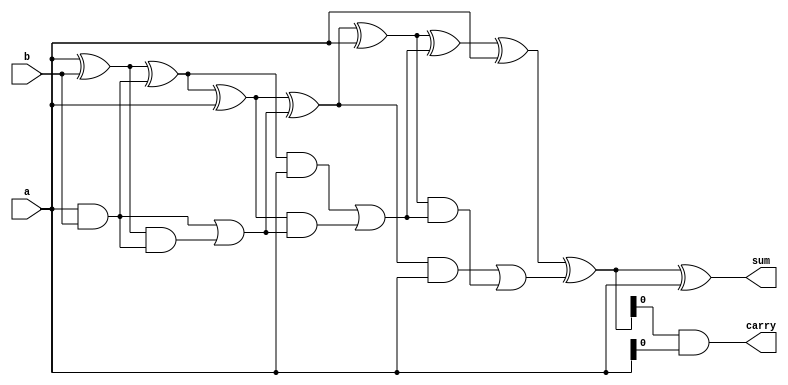
module brent_kung_adder (
    input wire [31:0] a,
    input wire [31:0] b,
    output wire [31:0] sum,
    output wire carry
);

reg [31:0] p [4:0];
reg [31:0] g [4:0];
reg [31:0] c [5:0];
reg [31:0] s [4:0];

assign p[0] = a ^ b;
assign g[0] = a & b;

assign c[0] = a & b;

assign s[0] = p[0] ^ c[0];
assign c[1] = g[0] | (p[0] & c[0]);


assign p[1] = s[0] ^ a;
assign g[1] = s[0] & a;


assign s[1] = p[1] ^ c[1];
assign c[2] = g[1] | (p[1] & c[1]);


assign p[2] = s[1] ^ a;
assign g[2] = s[1] & a;

assign s[2] = p[2] ^ c[2];
assign c[3] = g[2] | (p[2] & c[2]);


assign p[3] = s[2] ^ a;
assign g[3] = s[2] & a;

assign s[3] = p[3] ^ c[3];
assign c[4] = g[3] | (p[3] & c[3]);


assign p[4] = s[3] ^ a;
assign g[4] = s[3] & a;

assign sum = p[4];
assign carry = g[4];

endmodule